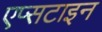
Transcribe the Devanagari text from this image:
एप्सटाइन